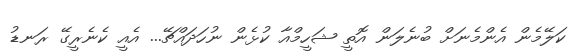
ކަލޭމެން އެންމެނަށް ބުނެލަން އޮތީ ޝަހީމްއާ ކުޅެން ނުހަދައްޗޭ... އެއީ ކެނެރީގޭ ރަނޑު